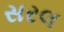
સરલ